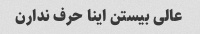
عالی بیستن اینا حرف ندارن